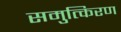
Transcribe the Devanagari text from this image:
समुत्किरण